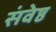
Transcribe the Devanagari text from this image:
संवेष्ठ